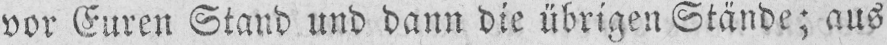
vor Euren Stand und dann die übrigen Stände; aus